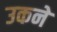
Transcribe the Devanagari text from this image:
उकने